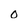
Character: o